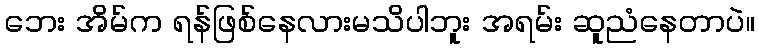
ဘေး အိမ်က ရန်ဖြစ်နေလားမသိပါဘူး အရမ်း ဆူညံနေတာပဲ။